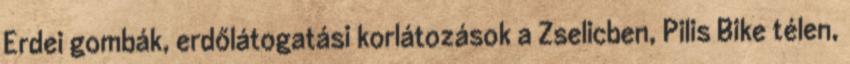
Erdei gombák, erdőlátogatási korlátozások a Zselicben, Pilis Bike télen,